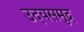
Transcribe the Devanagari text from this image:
उदयसमुद्र